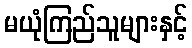
မယုံကြည်သူများနှင့်